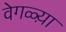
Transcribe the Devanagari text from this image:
वेगळ्य़ा